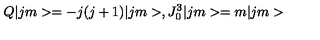
Q | j m > = - j ( j + 1 ) | j m > , J _ { 0 } ^ { 3 } | j m > = m | j m >